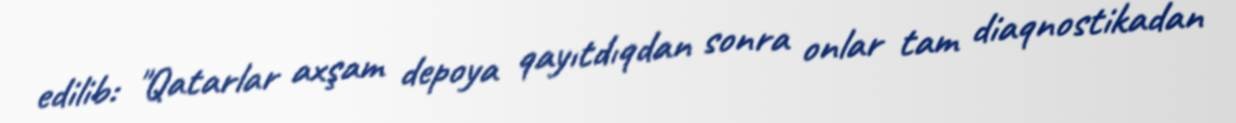
edilib: "Qatarlar axşam depoya qayıtdıqdan sonra onlar tam diaqnostikadan